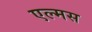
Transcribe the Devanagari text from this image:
एल्मस